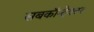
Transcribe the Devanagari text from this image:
सबकॉन्ट्रेक्टर